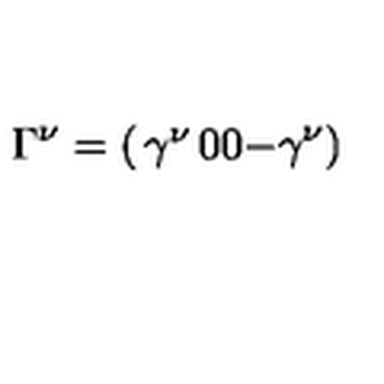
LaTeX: \Gamma ^ { \nu } = \left( \begin{matrix} { \gamma ^ { \nu } } & { 0 } \\ { 0 } & { - \gamma ^ { \nu } } \\ \end{matrix} \right)